On the action of the venoms of the cobra (Naja tripudians) and of the daboia (Daboia russellii) on the red blood corpuscles and on the blood plasma - Number 4
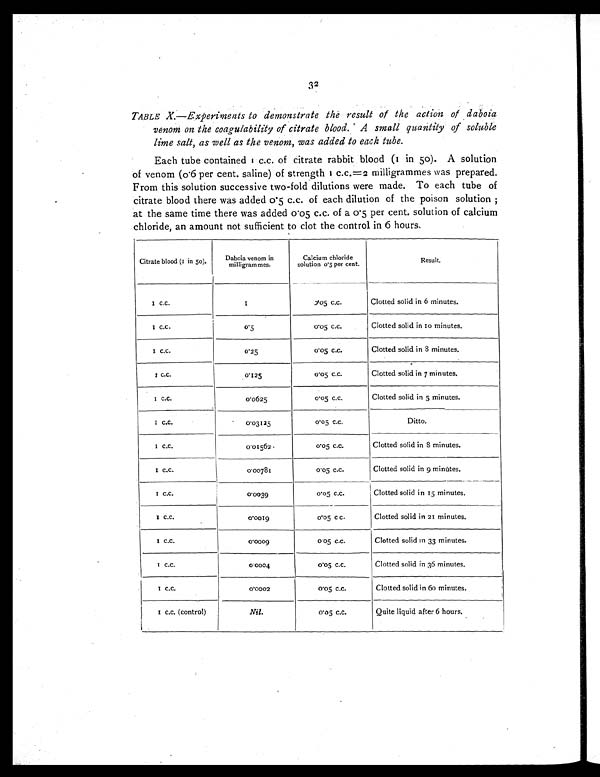
32
TABLE X.—Experiments to demonstrate the result of the action of daboia
venom on the coagulability of citrate blood. A small quantity of soluble
lime salt, as well as the venom, was added to each tube.
Each tube contained 1 c.c. of citrate rabbit blood (1 in 50). A solution
of venom (0.6 per cent. saline) of strength 1 c.c.=2 milligrammes was prepared.
From this solution successive two-fold dilutions were made. To each tube of
citrate blood there was added 0.5 c.c. of each dilution of the poison solution ;
at the same time there was added 0.05 c.c. of a 0.5 per cent. solution of calcium
chloride, an amount not sufficient to clot the control in 6 hours,
Citrate blood (1 in 50).
Daboia venom in
milligram mes.
Calcium chloride
solution 0.5 per cent.
Result.
1 c.c.
1
0 . 0 5 c . c .
Clotted solid in 6 minutes.
1 c.c.
0.5
0.05 c.c.
Clotted solid in 10 minutes.
1 c.c.
0.25
0 . 0 5 c . c .
Clotted solid in 8 minutes.
1 c . c .
0.125
0.05 c.c.
Clotted solid in 7 minutes.
1 c.c.
0.0625
0.05 c.c.
Clotted solid in 5 minutes.
1 c.c.
0 . 0 3 1 2 5
0.05 c.c.
Ditto.
1 c.c.
0.01562.
0.05 c.c.
Clotted solid in S minutes.
1 c.c.
0.00781
0.05 c.c.
Clotted solid in 9 minutes.
1 c.c.
0.0039
0.05 c.c.
Clotted solid in 15 minutes.
1 c.c.
0.0019
0 . 0 5 c c .
Clotted solid in 21 minutes.
1 c . c .
0.0009
0 05 c.c.
Clotted solid in 33 minutes.
1 c.c.
0.0004
0 . 0 5 c . c .
Clotted solid in 36 minutes.
1 c.c.
0.0002
0 . 0 5 c . c .
Clotted solid in 60 minutes.
1 c.c. (control)
Nil.
0 . 0 5 c . c .
Quite liquid after 6 hours.